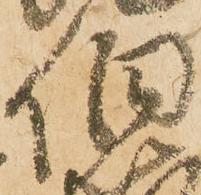
伯